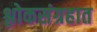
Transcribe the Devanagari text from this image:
श्लोकसंग्रहात